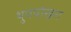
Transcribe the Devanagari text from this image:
थुपपोखरा